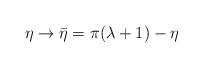
LaTeX: \begin{align*}\eta\rightarrow\bar{\eta}=\pi (\lambda +1)-\eta\end{align*}